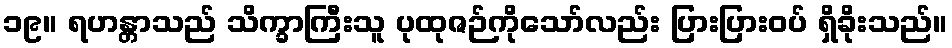
၁၉။ ရဟန္တာသည် သိက္ခာကြီးသူ ပုထုဇဉ်ကိုသော်လည်း ပြားပြားဝပ် ရှိခိုးသည်။